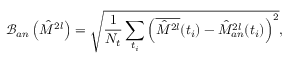
\mathcal { B } _ { a n } \left( \hat { M } ^ { 2 l } \right) = \sqrt { \frac { 1 } { N _ { t } } \sum _ { t _ { i } } \left( \overline { { \hat { M } ^ { 2 l } } } ( t _ { i } ) - \hat { M } _ { a n } ^ { 2 l } ( t _ { i } ) \right) ^ { 2 } } ,